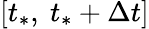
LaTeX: \left[{{t}_{*}},\ {{t}_{*}}+\Delta t\right]